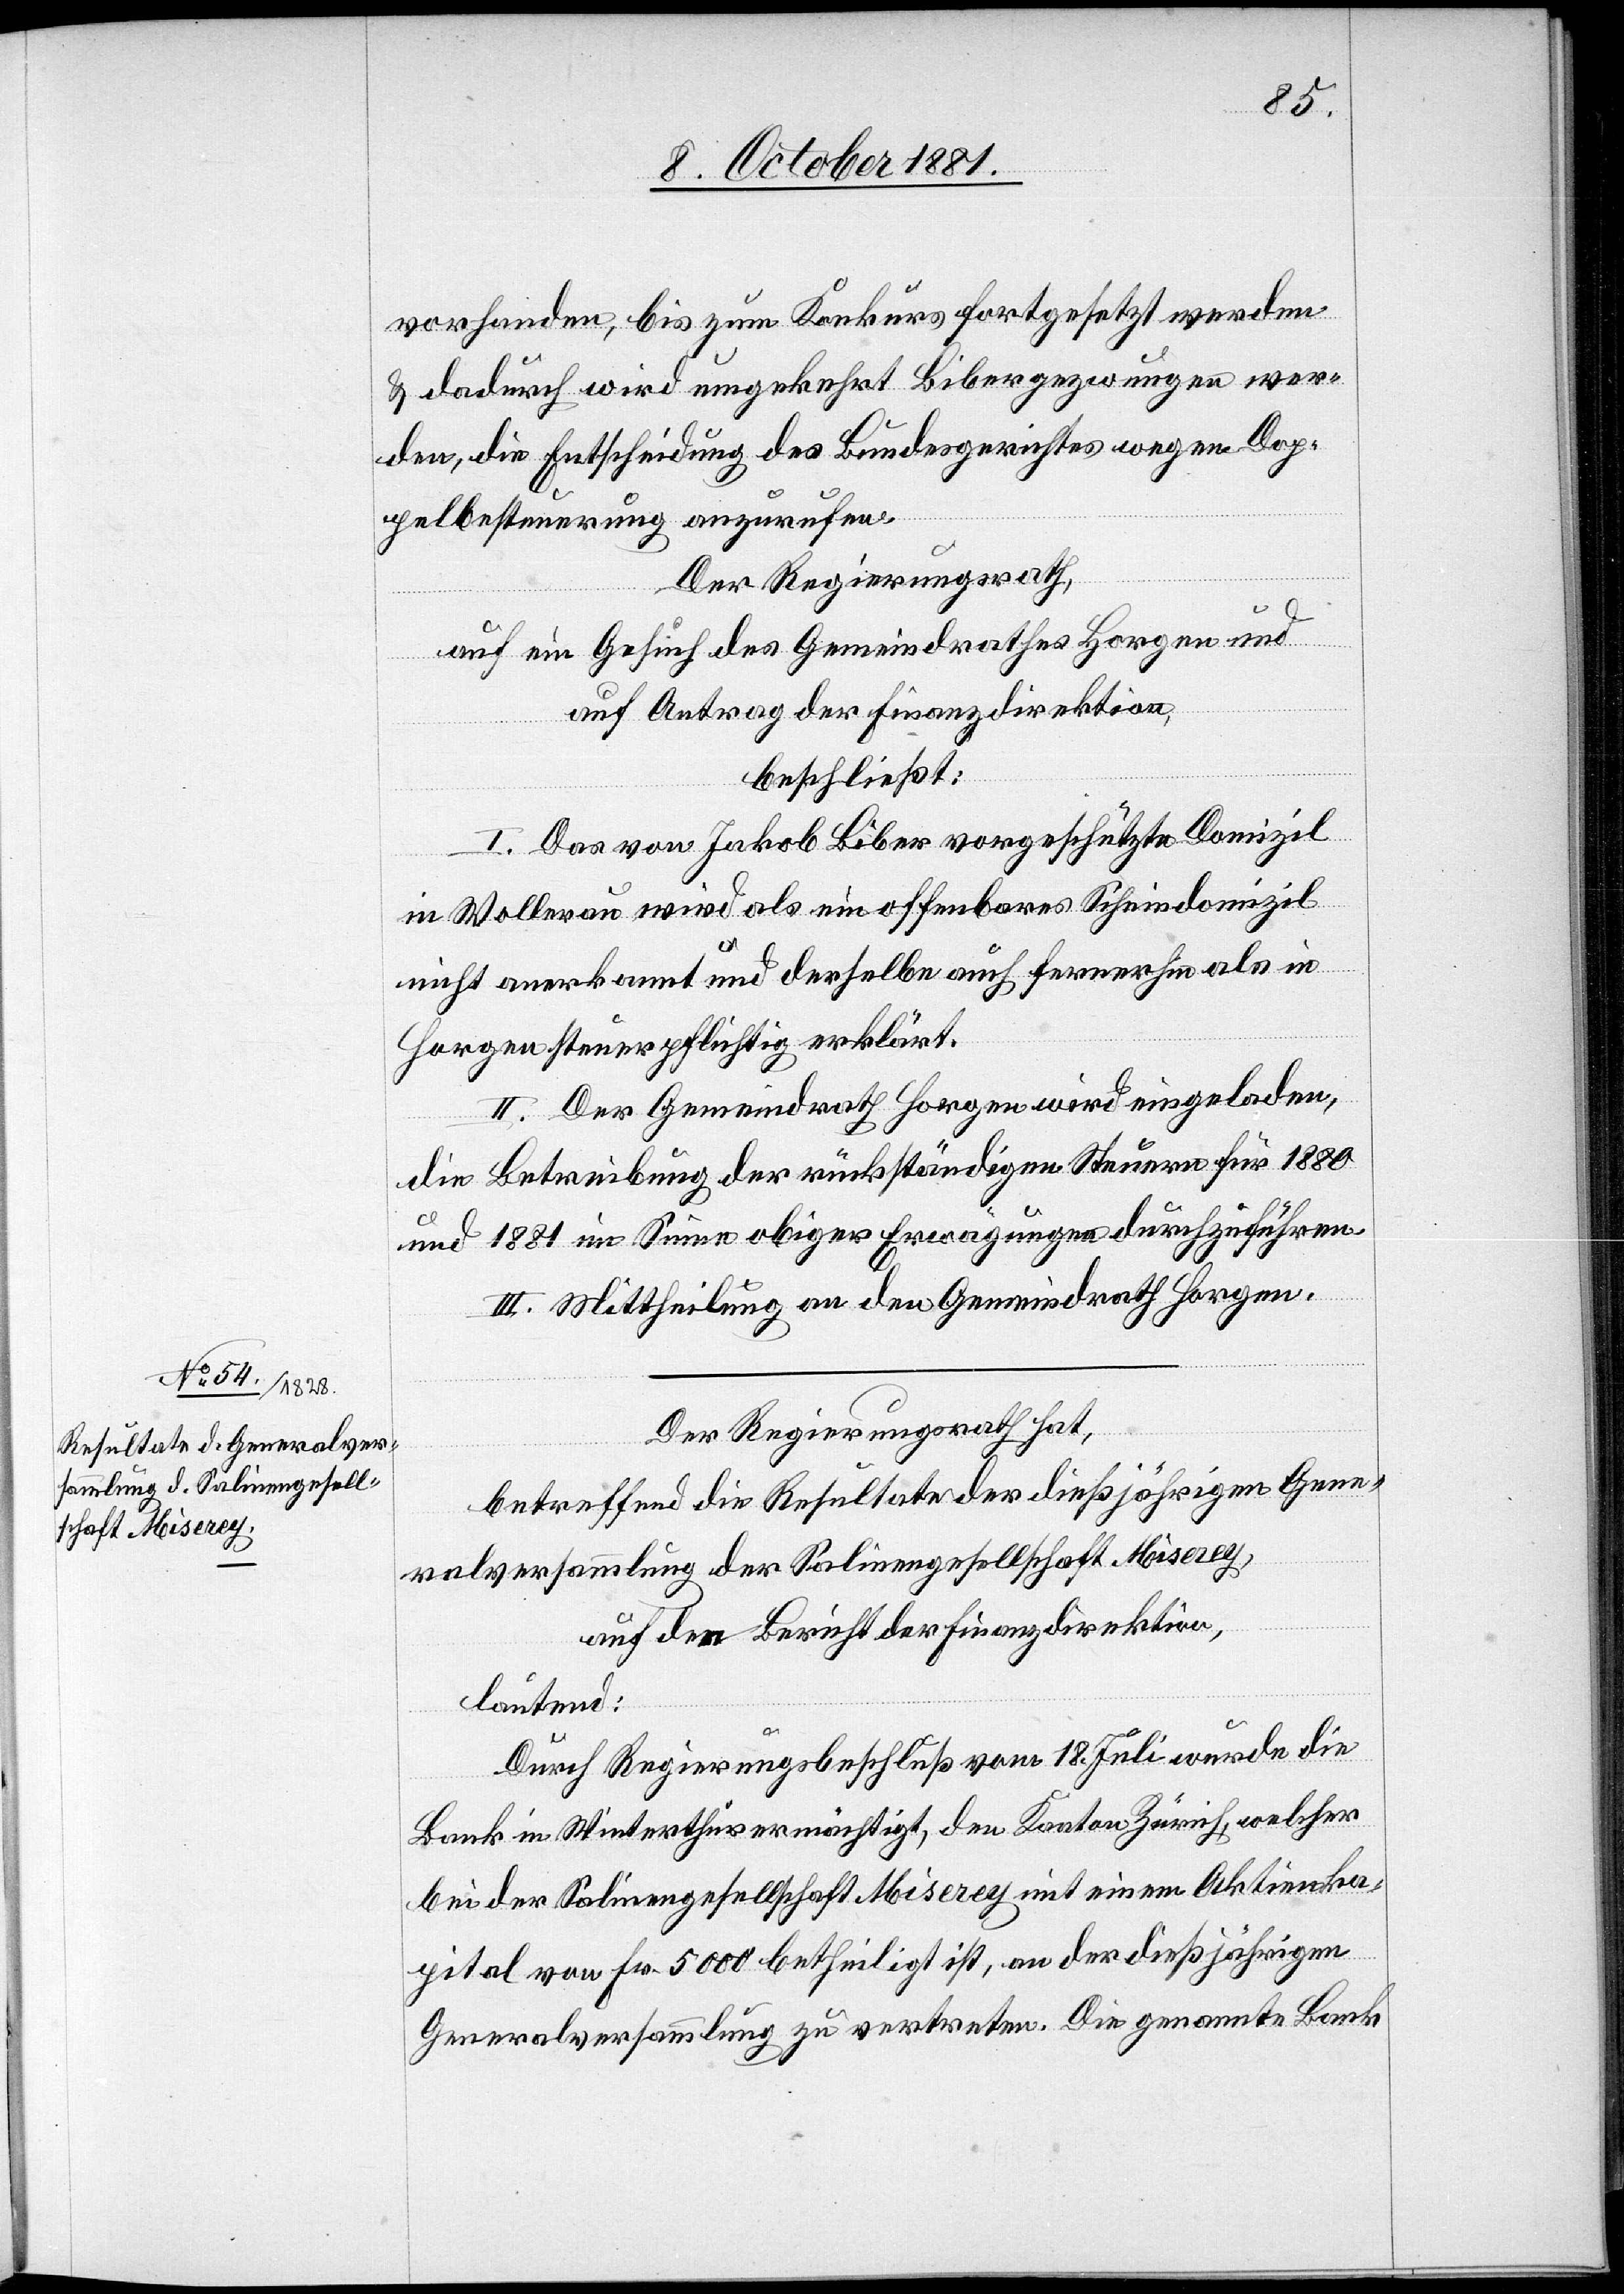
vorhanden, bis zum Konkurs fortgesetzt werden
& dadurch wird umgekehrt Biber gezwungen wer¬
den, die Entscheidung des Bundesgerichtes wegen Dop¬
pelbesteuerung anzurufen.
Der Regierungsrath,
auf ein Gesuch des Gemeindrathes Horgen und
auf Antrag der Finanzdirektion,
beschließt:
I. Das von Jakob Biber vorgeschützte Domizil
in Wollerau wird als ein offenbares Scheindomizil
nicht anerkannt und derselbe auch fernerhin als in
Horgen steuerpflichtig erklärt.
II. Der Gemeindrath Horgen wird eingeladen,
die Betreibung der rückständigen Steuern für 1880
und 1881 im Sinne obiger Erwägungen durchzuführen
III. Mittheilung an den Gemeindrath Horgen.
Der Regierungsrath hat,
betreffend die Resultate der dießjährigen Gene¬
ralversammlung der Salinengesellschaft Miserey,
auf den Bericht der Finanzdirektion,
lautend:
Durch Regierungsbeschluß vom 18. Juli wurde die
Bank in Winterthur ermächtigt, den Kanton Zürich, welcher
bei der Salinengesellschaft Miserey mit einem Aktienka¬
pital von Fr. 5000 betheiligt ist, an der dießjährigen
Generalversammlung zu vertreten. Die genannte Bank